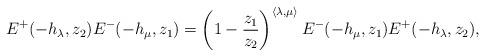
LaTeX: \begin{align*}E^{+}(-h_{\lambda},z_{2}) E^{-}(-h_{\mu},z_{1}) = \left(1-\frac{z_{1}}{z_{2}}\right)^{\langle \lambda , \mu \rangle}E^{-}(-h_{\mu},z_{1}) E^{+}(-h_{\lambda},z_{2}) , \end{align*}